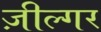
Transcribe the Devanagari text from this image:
ज़ील्‍गर